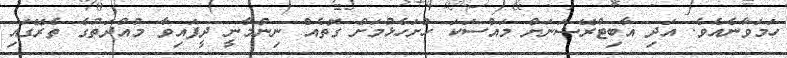
ހަމަވާނެއެވެ. އަދި އާބިޓްރޭޝަނަށް މައްސަކަ ހުށަހެޅުމަށް ގޮތެއް ނިންމާނީ ދީފައިވާ މުއްދަތުގެ ތެރޭގައި